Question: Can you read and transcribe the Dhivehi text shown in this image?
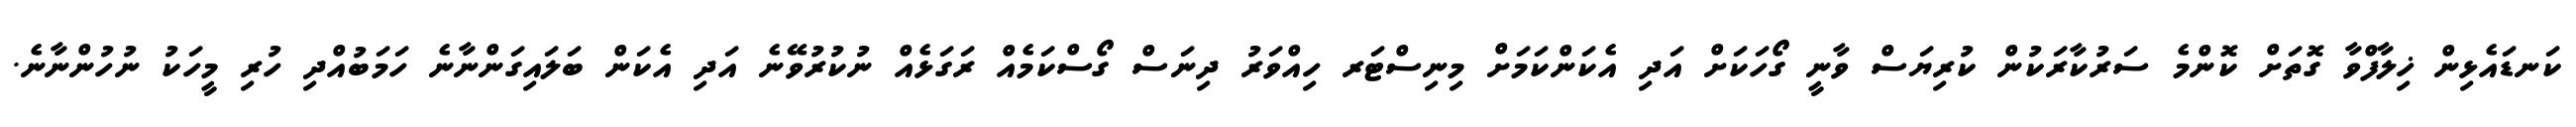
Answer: ކަނޑައެޅިން ޚިލާފްވާ ގޮތަށް ކޮންމެ ސަރުކާރަކުން ކުރިޔަސް ވާނީ ގޯހަކަށް އަދި އެކަންކަމަށް މިނިސްޓަރ ހިއްވަރު ދިނަސް ގޯސްކަމެއް ރަގަޅެއް ނުކުރުވޭނެ އަދި އެކަން ބަލައިގަންނާނެ ހަމަބުއްދި ހުރި މީހަކު ނުހުންނާނެ.